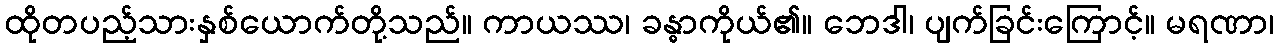
ထိုတပည့်သားနှစ်ယောက်တို့သည်။ ကာယဿ၊ ခန္ဓာကိုယ်၏။ ဘေဒါ၊ ပျက်ခြင်းကြောင့်။ မရဏာ၊